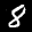
Label: 8